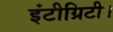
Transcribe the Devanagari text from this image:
इंटीग्रिटी।